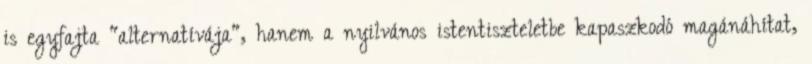
is egyfajta "alternatívája", hanem a nyilvános istentiszteletbe kapaszkodó magánáhítat,